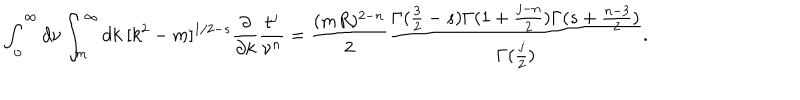
LaTeX: \int _ { 0 } ^ { \infty } d \nu \int _ { m } ^ { \infty } d k \ [ k ^ { 2 } - m ] ^ { 1 / 2 - s } \frac { \partial } { \partial k } \frac { t ^ { j } } { \nu ^ { n } } = \frac { ( m R ) ^ { 2 - n } } 2 \frac { \Gamma ( \frac 3 2 - s ) \Gamma ( 1 + \frac { j - n } 2 ) \Gamma ( s + \frac { n - 3 } 2 ) } { \Gamma ( \frac j 2 ) } .